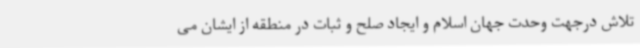
تلاش درجهت وحدت جهان اسلام و ایجاد صلح و ثبات در منطقه از ایشان می